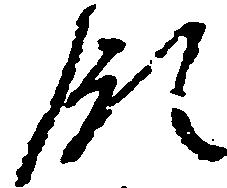
領